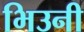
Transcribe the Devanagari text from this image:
भिउनी